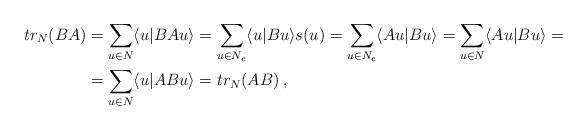
LaTeX: \begin{align*}tr_N(BA)&=\sum_{u\in N}\langle u|BAu\rangle =\sum_{u\in N_e}\langle u|Bu\rangle s(u)=\sum_{u\in N_e}\langle Au|Bu\rangle =\sum_{u\in N}\langle Au|Bu\rangle=\\&=\sum_{u\in N}\langle u|ABu\rangle=tr_N(AB)\:,\end{align*}